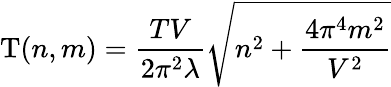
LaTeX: \mathrm{T}(n,m)=\frac{TV}{2\pi^{2}\lambda}\sqrt{n^{2}+\frac{4\pi^{4}m^{2}}{V^{2}}}